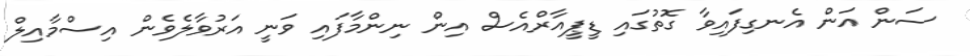
ސަން އަން އެނގިފައިވާ ގޮތުގައި ޑީޕީއާރްއެސް އިން ނިންމާފައި ވަނީ އަރުވާލެވެން އިސްމާއިލް